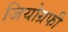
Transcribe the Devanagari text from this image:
जियोग्रफी